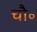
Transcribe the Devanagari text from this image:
चौ॰